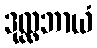
ဒုလ္လဘာယံ